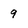
Character: 9